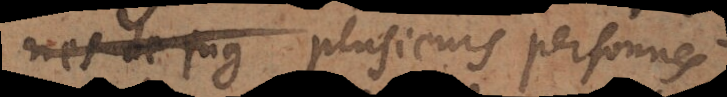
de jug plusieurs personnes